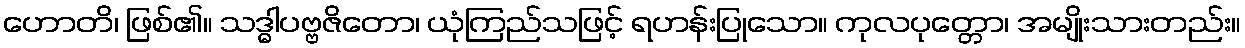
ဟောတိ၊ ဖြစ်၏။ သဒ္ဓါပဗ္ဗဇိတော၊ ယုံကြည်သဖြင့် ရဟန်းပြုသော။ ကုလပုတ္တော၊ အမျိုးသားတည်း။